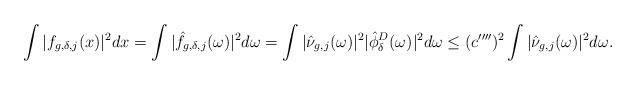
LaTeX: \begin{align*}\int |f_{g,\delta,j}(x)|^2dx=\int |\hat{f}_{g,\delta,j}(\omega)|^2d\omega=\int |\hat{\nu}_{g,j}(\omega)|^2 |\hat{\phi}^D_\delta(\omega)|^2d\omega\leq (c'''')^2\int |\hat{\nu}_{g,j}(\omega)|^2d\omega.\end{align*}